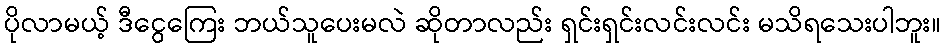
ပိုလာမယ့် ဒီငွေကြေး ဘယ်သူပေးမလဲ ဆိုတာလည်း ရှင်းရှင်းလင်းလင်း မသိရသေးပါဘူး။